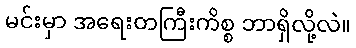
မင်းမှာ အရေးတကြီးကိစ္စ ဘာရှိလို့လဲ။